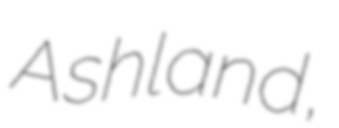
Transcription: Ashland,